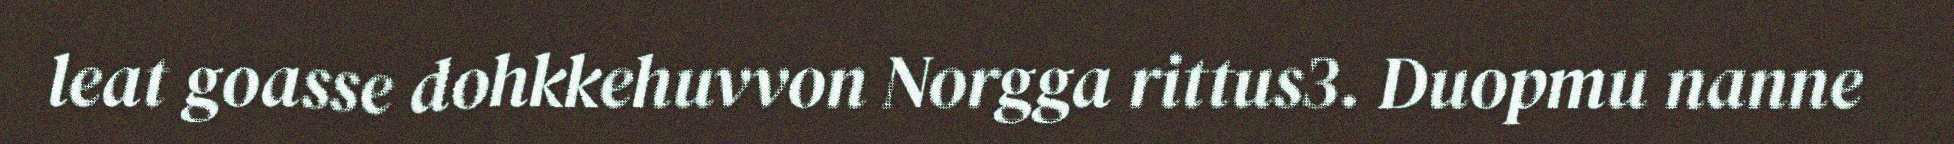
leat goasse dohkkehuvvon Norgga rittus3. Duopmu nanne